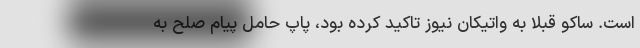
است. ساکو قبلا به واتیکان نیوز تاکید کرده بود، پاپ حامل پیام صلح به